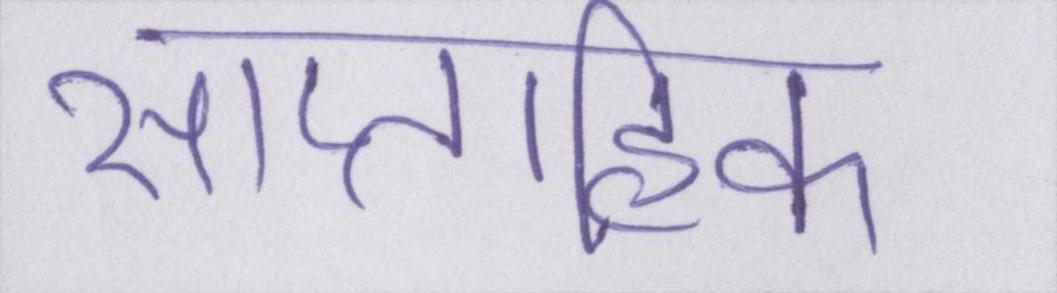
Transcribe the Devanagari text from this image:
साप्ताहिक